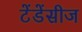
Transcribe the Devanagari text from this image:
टेंडेंसीज